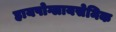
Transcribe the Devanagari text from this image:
हायपोग्लायसेमिक